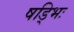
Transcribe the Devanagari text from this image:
षड्भिः